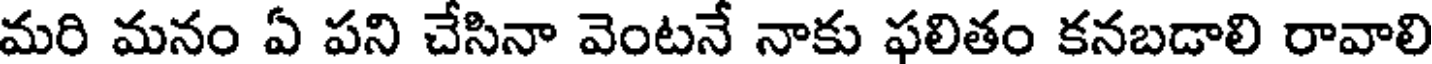
మరి మనం ఏ పని చేసినా వెంటనే నాకు ఫలితం కనబడాలి రావాలి